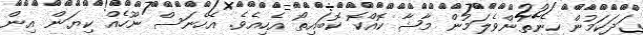
ގަދަކަމުން ހިނިތުންވެލަމުން މާޝާ ކޮއްކޮ ކޮބައިތޯ އެހިއެވެ. އެހެނަސް ނޫހެއް ކިޔަން އިން